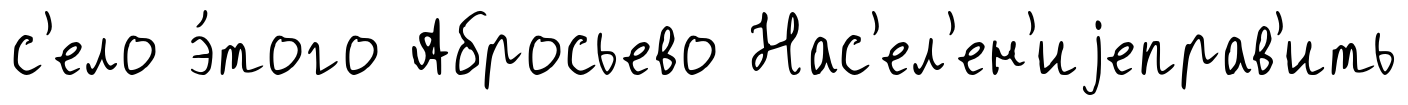
с'ело э́того Абросьево Нас'ел'ен'иjеправ'ить